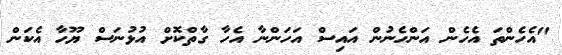
"އެހެންތަ އެހެން އަންހެނުން އައިސް އަހަންނާ އެހާ ގާތްކޮށް އުޅުނަސް ޔޫހާ އެކަން